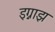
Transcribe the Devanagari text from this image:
इग्नाझ